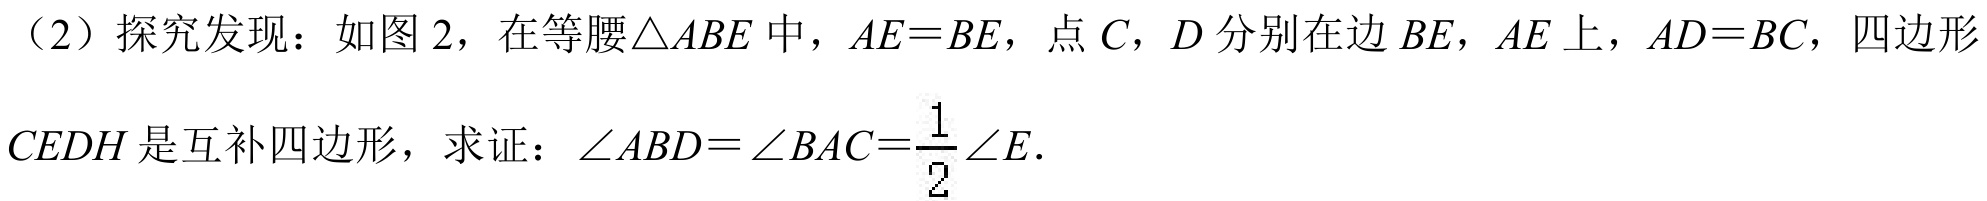
（2）探究发现：如图 2，在等腰\(\triangle ABE\)中，\(AE = BE\)，点 \(C\)，\(D\)分别在边 \(BE\)，\(AE\)上，\(AD = BC\)，四边形\(CEDH\)是互补四边形，求证：\(\angle ABD=\angle BAC = \frac{1}{2}\angle E\)．